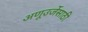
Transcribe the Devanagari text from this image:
अणूउर्जेसाठी